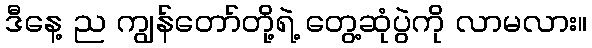
ဒီနေ့ ည ကျွန်တော်တို့ရဲ့ တွေ့ဆုံပွဲကို လာမလား။